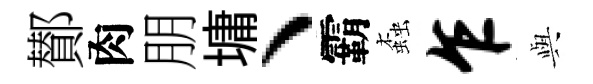
鄼肉朋墉、霸螙乍𫤰